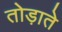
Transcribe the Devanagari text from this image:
तोड़ाते